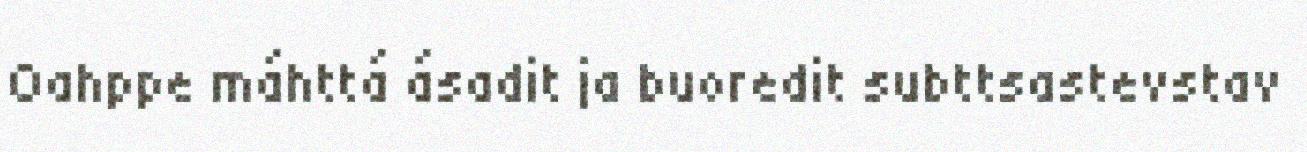
Oahppe máhttá ásadit ja buoredit subttsastevstav